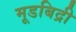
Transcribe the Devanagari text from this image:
मूडबिद्री